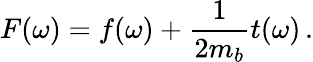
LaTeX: F(\omega)=f(\omega)+{\frac{1}{2m_{b}}}t(\omega)\, .